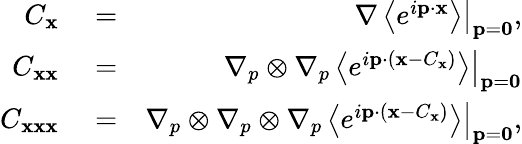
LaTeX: \begin{array}{rlr}{C_{\mathbf x}}&{{}=}&{\left.\nabla\left\langle e^{i{\mathbf p}\cdot{\mathbf x}}\right\rangle\right\rvert_{{\mathbf p}={\boldsymbol 0}},}\\ {C_{{\mathbf x}{\mathbf x}}}&{{}=}&{\left.\nabla_{p}\otimes\nabla_{p}\left\langle e^{i{\mathbf p}\cdot({\mathbf x}-C_{\mathbf x})}\right\rangle\right\rvert_{{\mathbf p}={\boldsymbol 0}}}\\ {C_{{\mathbf x}{\mathbf x}{\mathbf x}}}&{{}=}&{\left.\nabla_{p}\otimes\nabla_{p}\otimes\nabla_{p}\left\langle e^{i{\mathbf p}\cdot({\mathbf x}-C_{\mathbf x})}\right\rangle\right\rvert_{{\mathbf p}={\boldsymbol 0}},}\end{array}